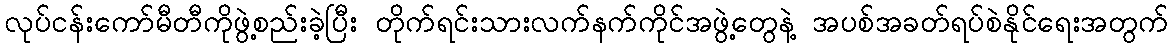
လုပ်ငန်းကော်မီတီကိုဖွဲ့စည်းခဲ့ပြီး တိုက်ရင်းသားလက်နက်ကိုင်အဖွဲ့တွေနဲ့ အပစ်အခတ်ရပ်စဲနိုင်ရေးအတွက်